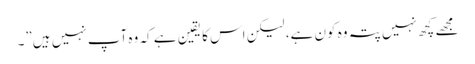
مجھے کچھ نہیں پتہ وہ کون ہے، لیکن اس کا یقین ہے کہ وہ آپ نہیں ہیں”۔